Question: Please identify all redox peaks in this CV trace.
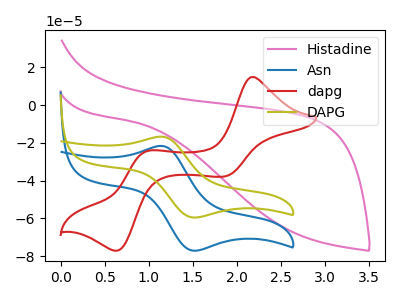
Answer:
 <answer>The pink curve "Histadine" has no peaks. The blue curve "Asn" has an anodic peak at (1.15V, -21.65uA) and a cathodic peak at (1.50V, -77.05uA). The red curve "dapg" has anodic peaks at (2.20V, 14.90uA) (1.00V, -24.35uA) and cathodic peaks at (1.85V, -37.80uA) (0.65V, -77.10uA). The olive curve "DAPG" has an anodic peak at (1.15V, -16.70uA) and a cathodic peak at (1.50V, -59.50uA).</answer>
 <eval></eval>